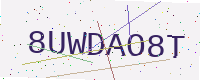
Text: 8UWDAO8T